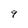
Character: 9